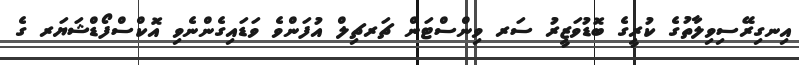
އިނގިރޭސިވިލާތުގެ ކުރީގެ ބޮޑުވަޒީރު ސަރ ވިންސްޓަން ޗަރޗިލް އުފަންވެ ވަޑައިގެންނެވި އޮކްސްފޯޑްޝަޔަރ ގެ